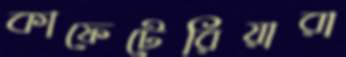
কাফেটেরিয়ারা